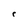
Character: e